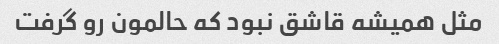
مثل همیشه قاشق نبود که حالمون رو گرفت